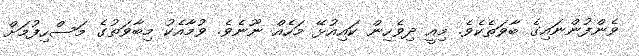
ވެންފުންނައިގެ ބާވަތެކެވެ. މިއީ ދިވެހިން ކައިއުޅޭ މަހެއް ނޫނެވެ. ވުމާއެކު މިބާވަތުގެ މަސްހިފުމަށް